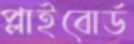
প্লাইবোর্ড